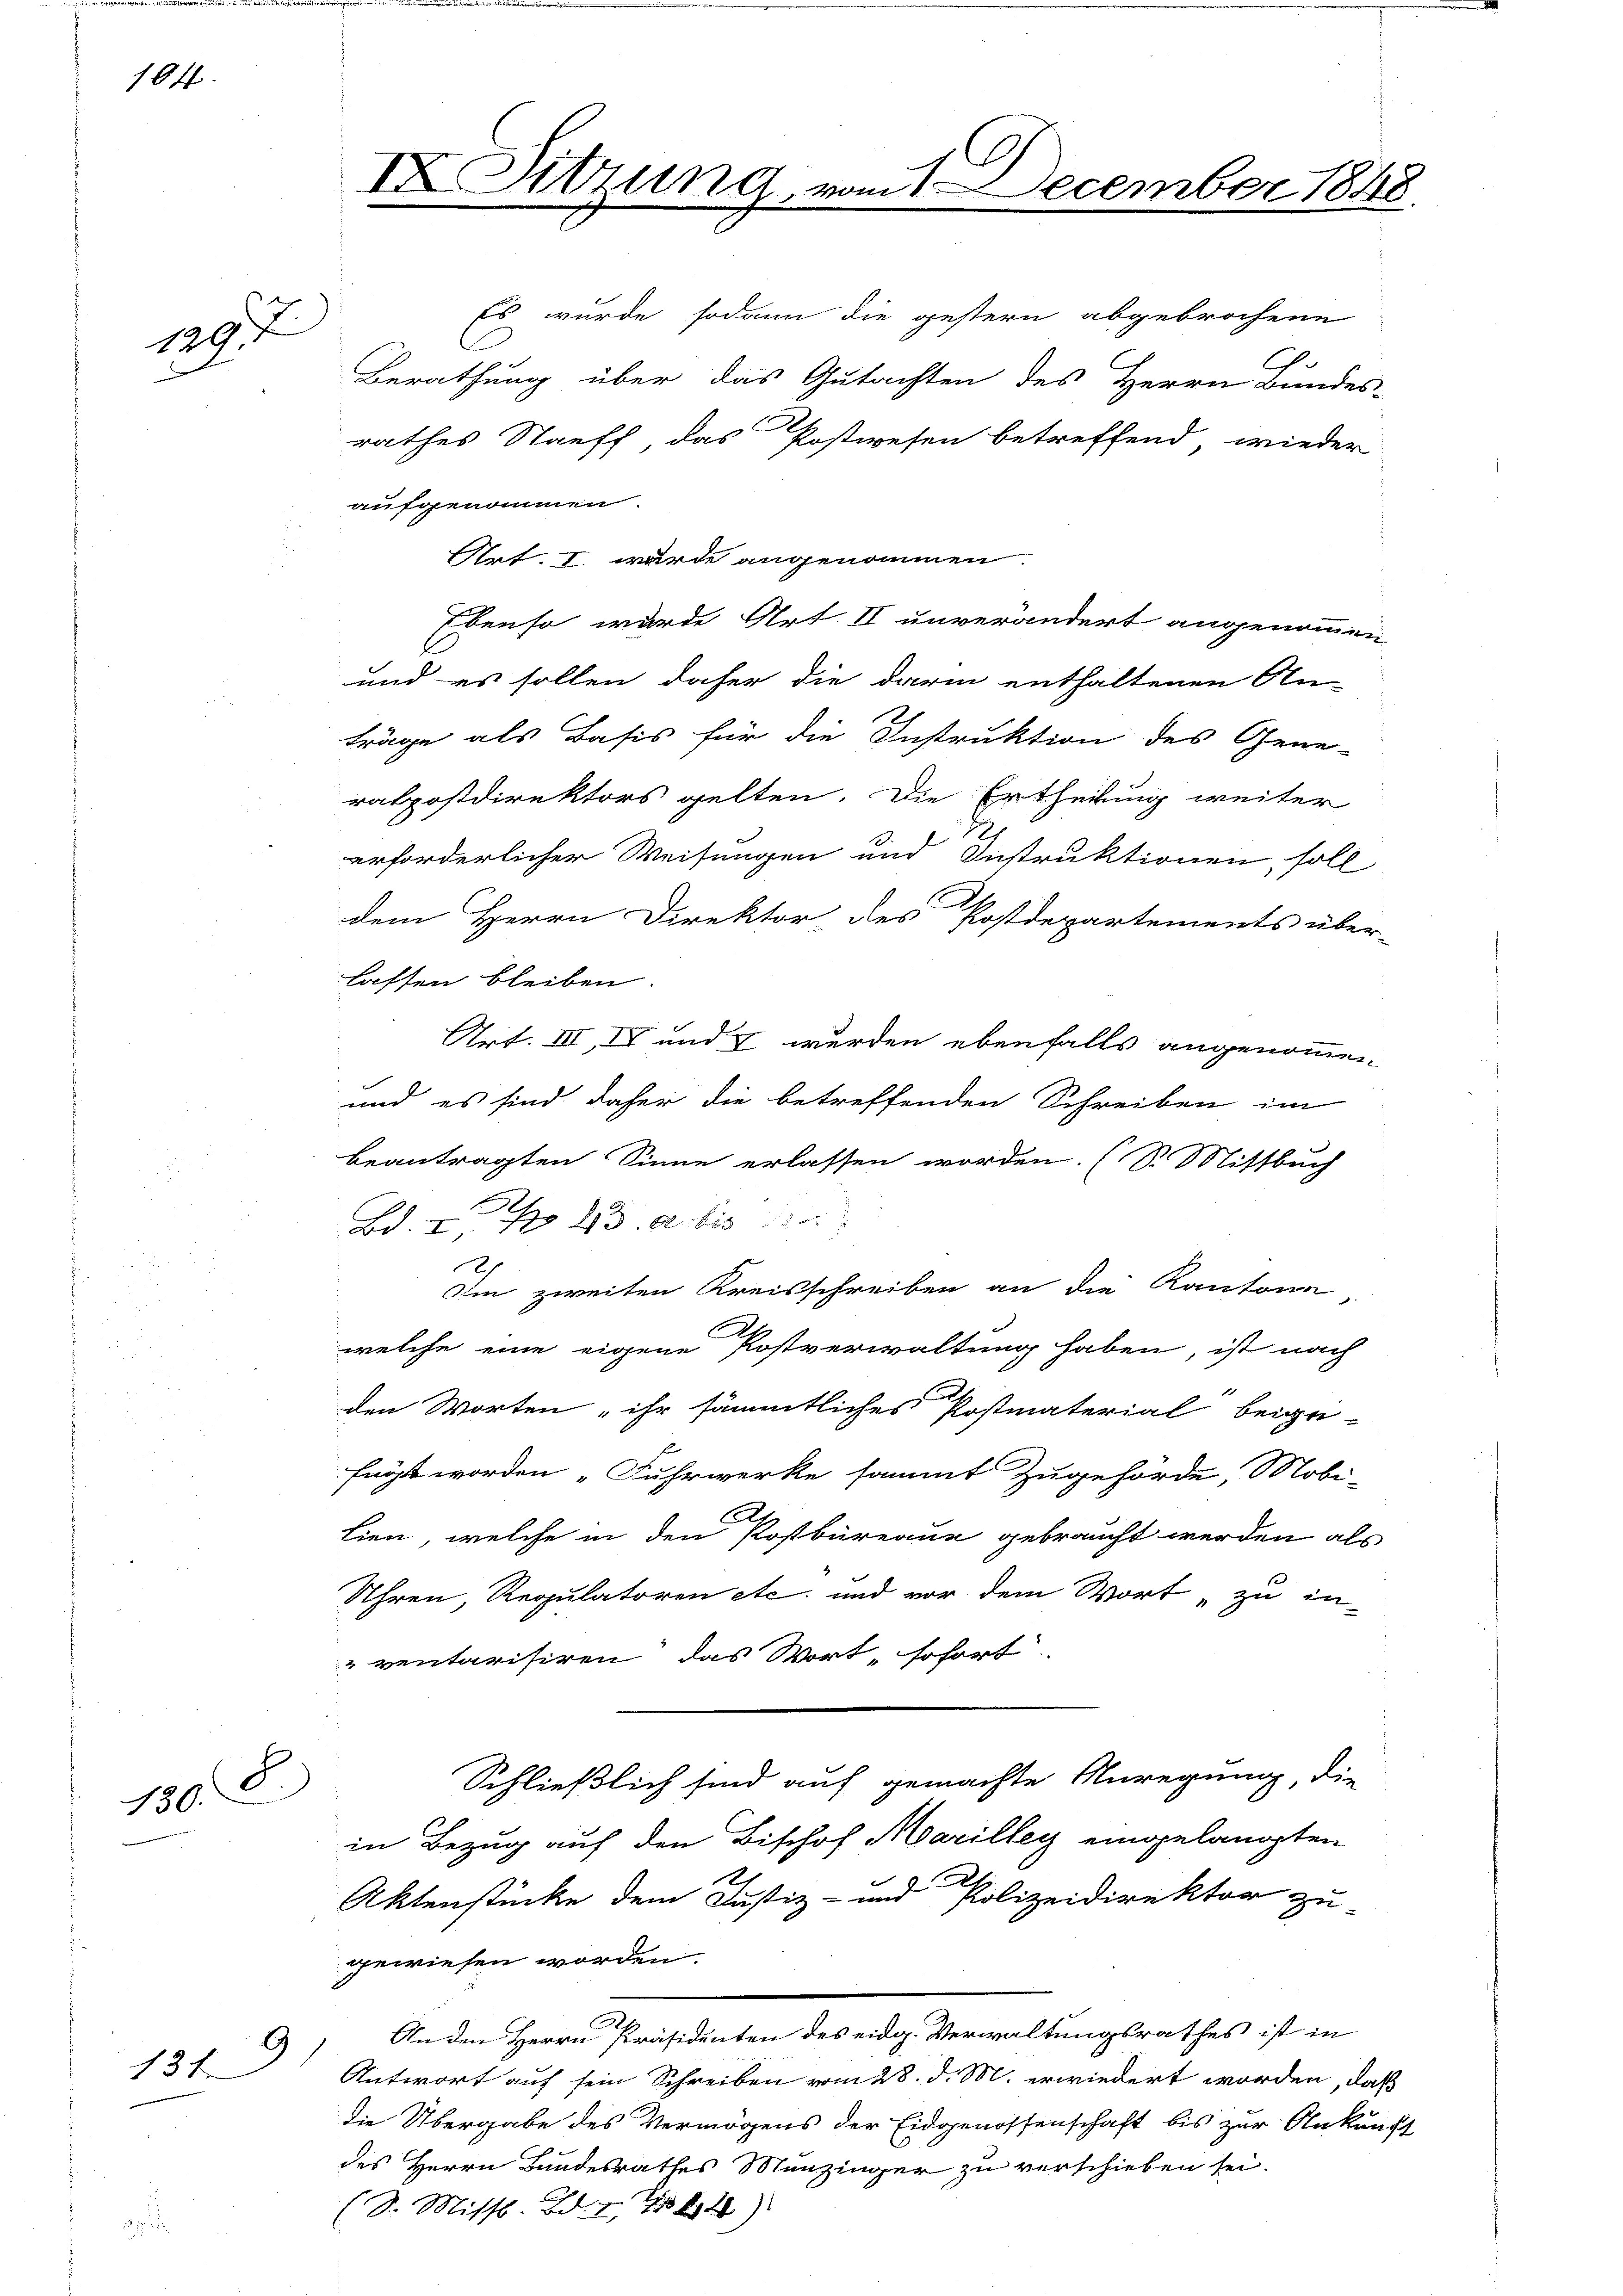
184

129. J
 F

1308.

9
131

IX. Sitzung, vom 1. December 1848.

Es wurde sodann die gestern abgebrochene
Berathung über das Gutachten des Herrn Bundes-
rathes Stauff, das Postwesen betreffend, wieder
aufgenommen.
Art. I. wurde angenommen.
Ebenso wurde Art. II unverändert angenommen
und es sollen daher die darin enthaltenen An
träge als Basis für die Instruktion des Gene-
ralpostdirektors gelten. Die Ertheilung weiter
erforderlicher Weisungen und Instruktionen, soll
dem Herrn Direktor des Postdepartements über-
lassen bleiben.
Art. III, IV und & wurden ebenfalls angenommen
und es sind daher die betreffenden Schreiben im
beantragten Sinne erlassen worden. (S. Mittbuch
Bd. I S. 23. d. bis 1
Im zweiten Kreisschreiben an die Kantone
welche eine eigene Postverwaltung haben, ist nach
1
den Worten „ihr sämmtliches Postmaterial beige-
fügt worden „Fuhrwerke sammt Zugehörde, Mobi-
lien, welche in den Postbüreaue gebraucht werden als
Uhren, Regulatoren etc. und vor dem Wort, zu in-
ventarisiren, das Wort sofort
Schließlich sind auf gemachte Anregung, die
in Bezug auf den Bischof Marilleg eingelangten
Aktenstücke dem Justiz- und Polizeidirektor zu
gewiesen worden.
An den Herrn Präsidenten des eidg. Verwaltungsrathes ist in
Antwort auf sein Schreiben vom 28. d. M. erwiedert worden, daß
die Übergabe des Vermögens der Eidgenossenschaft bis zur Ankunft
des Herrn Bandesrathes Menzinger zu verschieben sei.
(S. Missl. Bd. I., 444)